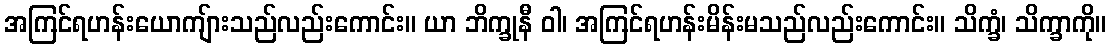
အကြင်ရဟန်းယောကျ်ားသည်လည်းကောင်း။ ယာ ဘိက္ခုနီ ဝါ၊ အကြင်ရဟန်းမိန်းမသည်လည်းကောင်း။ သိက္ခံ၊ သိက္ခာကို။